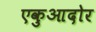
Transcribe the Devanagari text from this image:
एकुआदोर